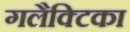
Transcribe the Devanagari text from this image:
गलैक्टिका